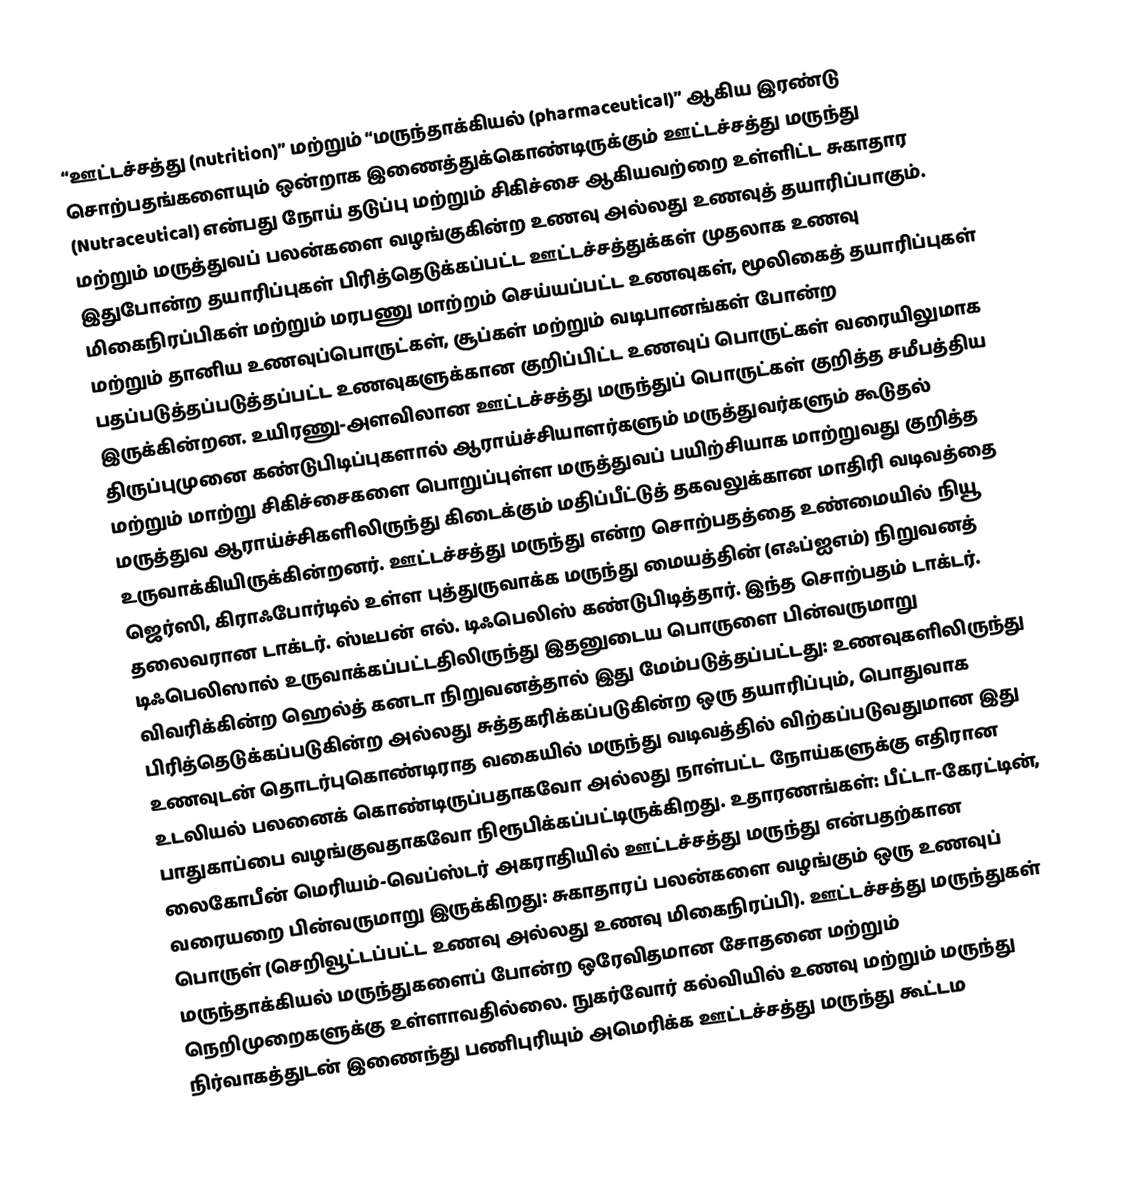
“ஊட்டச்சத்து (nutrition)” மற்றும் “மருந்தாக்கியல் (pharmaceutical)” ஆகிய இரண்டு சொற்பதங்களையும் ஒன்றாக இணைத்துக்கொண்டிருக்கும் ஊட்டச்சத்து மருந்து (Nutraceutical) என்பது நோய் தடுப்பு மற்றும் சிகிச்சை ஆகியவற்றை உள்ளிட்ட சுகாதார மற்றும் மருத்துவப் பலன்களை வழங்குகின்ற உணவு அல்லது உணவுத் தயாரிப்பாகும். இதுபோன்ற தயாரிப்புகள் பிரித்தெடுக்கப்பட்ட ஊட்டச்சத்துக்கள் முதலாக உணவு மிகைநிரப்பிகள் மற்றும் மரபணு மாற்றம் செய்யப்பட்ட உணவுகள், மூலிகைத் தயாரிப்புகள் மற்றும் தானிய உணவுப்பொருட்கள், சூப்கள் மற்றும் வடிபானங்கள் போன்ற பதப்படுத்தப்படுத்தப்பட்ட உணவுகளுக்கான குறிப்பிட்ட உணவுப் பொருட்கள் வரையிலுமாக இருக்கின்றன. உயிரணு-அளவிலான ஊட்டச்சத்து மருந்துப் பொருட்கள் குறித்த சமீபத்திய திருப்புமுனை கண்டுபிடிப்புகளால் ஆராய்ச்சியாளர்களும் மருத்துவர்களும் கூடுதல் மற்றும் மாற்று சிகிச்சைகளை பொறுப்புள்ள மருத்துவப் பயிற்சியாக மாற்றுவது குறித்த மருத்துவ ஆராய்ச்சிகளிலிருந்து கிடைக்கும் மதிப்பீட்டுத் தகவலுக்கான மாதிரி வடிவத்தை உருவாக்கியிருக்கின்றனர். ஊட்டச்சத்து மருந்து என்ற சொற்பதத்தை உண்மையில் நியூ ஜெர்ஸி, கிராஃபோர்டில் உள்ள புத்துருவாக்க மருந்து மையத்தின் (எஃப்ஐஎம்) நிறுவனத் தலைவரான டாக்டர். ஸ்டீபன் எல். டிஃபெலிஸ் கண்டுபிடித்தார். இந்த சொற்பதம் டாக்டர். டிஃபெலிஸால் உருவாக்கப்பட்டதிலிருந்து இதனுடைய பொருளை பின்வருமாறு விவரிக்கின்ற ஹெல்த் கனடா நிறுவனத்தால் இது மேம்படுத்தப்பட்டது: உணவுகளிலிருந்து பிரித்தெடுக்கப்படுகின்ற அல்லது சுத்தகரிக்கப்படுகின்ற ஒரு தயாரிப்பும், பொதுவாக உணவுடன் தொடர்புகொண்டிராத வகையில் மருந்து வடிவத்தில் விற்கப்படுவதுமான இது உடலியல் பலனைக் கொண்டிருப்பதாகவோ அல்லது நாள்பட்ட நோய்களுக்கு எதிரான பாதுகாப்பை வழங்குவதாகவோ நிரூபிக்கப்பட்டிருக்கிறது. உதாரணங்கள்: பீட்டா-கேரட்டின், லைகோபீன் மெரியம்-வெப்ஸ்டர் அகராதியில் ஊட்டச்சத்து மருந்து என்பதற்கான வரையறை பின்வருமாறு இருக்கிறது: சுகாதாரப் பலன்களை வழங்கும் ஒரு உணவுப் பொருள் (செறிவூட்டப்பட்ட உணவு அல்லது உணவு மிகைநிரப்பி). ஊட்டச்சத்து மருந்துகள் மருந்தாக்கியல் மருந்துகளைப் போன்ற ஒரேவிதமான சோதனை மற்றும் நெறிமுறைகளுக்கு உள்ளாவதில்லை. நுகர்வோர் கல்வியில் உணவு மற்றும் மருந்து நிர்வாகத்துடன் இணைந்து பணிபுரியும் அமெரிக்க ஊட்டச்சத்து மருந்து கூட்டம